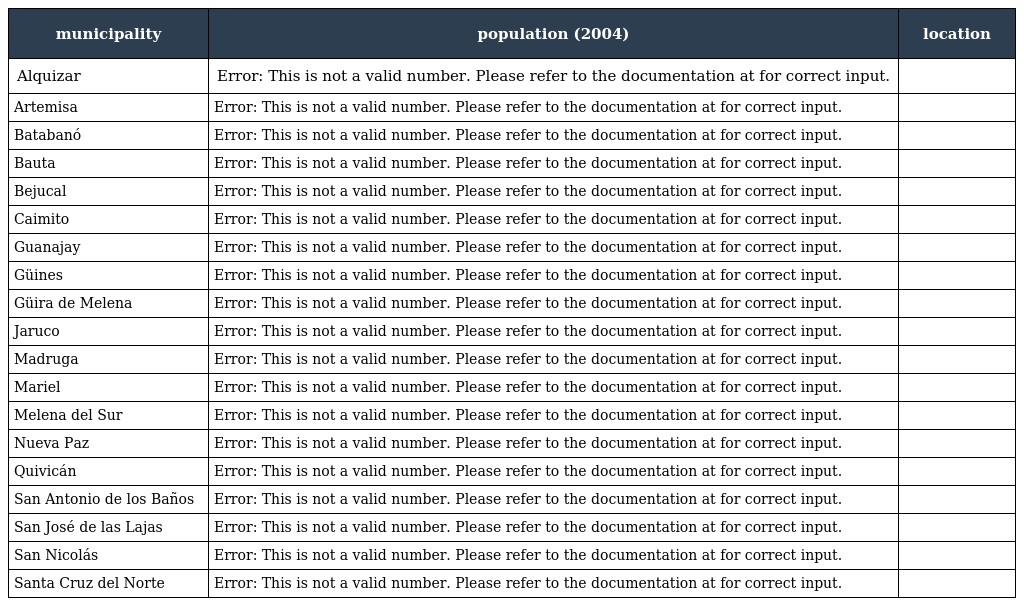
| municipality | population (2004) | location |
 | --- | --- | --- |
 | Alquizar | Error: This is not a valid number. Please refer to the documentation at for correct input. |  |
 | Artemisa | Error: This is not a valid number. Please refer to the documentation at for correct input. |  |
 | Batabanó | Error: This is not a valid number. Please refer to the documentation at for correct input. |  |
 | Bauta | Error: This is not a valid number. Please refer to the documentation at for correct input. |  |
 | Bejucal | Error: This is not a valid number. Please refer to the documentation at for correct input. |  |
 | Caimito | Error: This is not a valid number. Please refer to the documentation at for correct input. |  |
 | Guanajay | Error: This is not a valid number. Please refer to the documentation at for correct input. |  |
 | Güines | Error: This is not a valid number. Please refer to the documentation at for correct input. |  |
 | Güira de Melena | Error: This is not a valid number. Please refer to the documentation at for correct input. |  |
 | Jaruco | Error: This is not a valid number. Please refer to the documentation at for correct input. |  |
 | Madruga | Error: This is not a valid number. Please refer to the documentation at for correct input. |  |
 | Mariel | Error: This is not a valid number. Please refer to the documentation at for correct input. |  |
 | Melena del Sur | Error: This is not a valid number. Please refer to the documentation at for correct input. |  |
 | Nueva Paz | Error: This is not a valid number. Please refer to the documentation at for correct input. |  |
 | Quivicán | Error: This is not a valid number. Please refer to the documentation at for correct input. |  |
 | San Antonio de los Baños | Error: This is not a valid number. Please refer to the documentation at for correct input. |  |
 | San José de las Lajas | Error: This is not a valid number. Please refer to the documentation at for correct input. |  |
 | San Nicolás | Error: This is not a valid number. Please refer to the documentation at for correct input. |  |
 | Santa Cruz del Norte | Error: This is not a valid number. Please refer to the documentation at for correct input. |  |